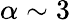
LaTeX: \alpha\sim 3